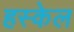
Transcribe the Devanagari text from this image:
हस्केल